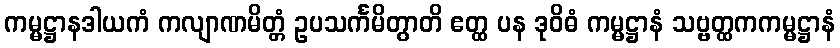
ကမ္မဋ္ဌာနဒါယကံ ကလျာဏမိတ္တံ ဥပသင်္ကမိတွာတိ ဧတ္ထ ပန ဒုဝိဓံ ကမ္မဋ္ဌာနံ သဗ္ဗတ္ထကကမ္မဋ္ဌာနံ